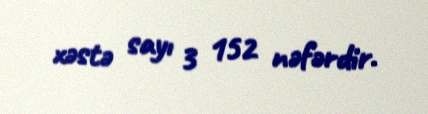
xəstə sayı 3 152 nəfərdir.